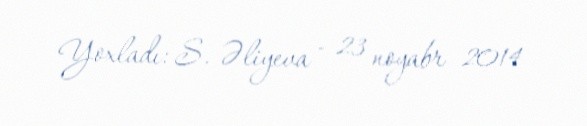
Yoxladı: S. Əliyeva - 23 noyabr 2014